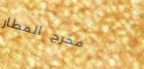
مخرج المطار